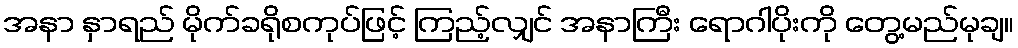
အနာ နှာရည် မိုက်ခရိုစကုပ်ဖြင့် ကြည့်လျှင် အနာကြီး ရောဂါပိုးကို တွေ့မည်မုချ။